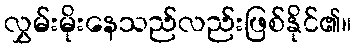
လွှမ်းမိုးနေသည်လည်းဖြစ်နိုင်၏။